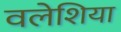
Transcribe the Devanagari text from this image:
वलेशिया